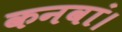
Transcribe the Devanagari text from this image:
कनवां।